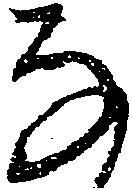
な